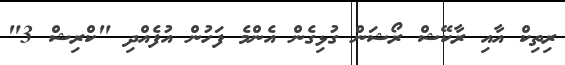
ރިތިކް އާއި ރާކޭޝް ރޯޝަން ގުޅިގެން އެންމެ ފަހުން އުފެއްދި "ކްރިޝް 3"